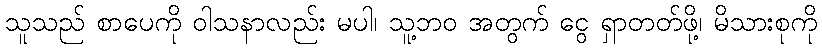
သူသည် စာပေကို ဝါသနာလည်း မပါ၊ သူ့ဘဝ အတွက် ငွေ ရှာတတ်ဖို့၊ မိသားစုကို